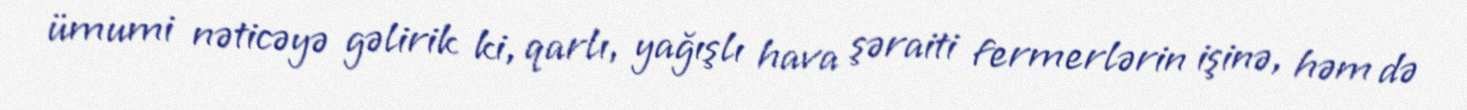
ümumi nəticəyə gəlirik ki, qarlı, yağışlı hava şəraiti fermerlərin işinə, həm də